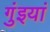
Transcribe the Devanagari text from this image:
गुंइयां